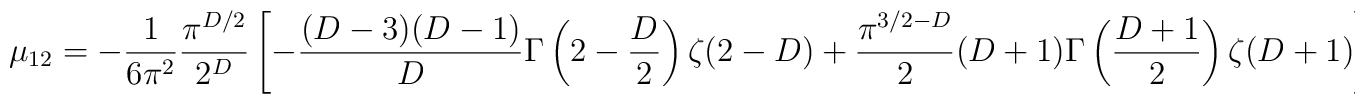
\mu_{12}=-{1\over 6 \pi^2}{\pi^{D/2}\over 2^{D}}\left[- {(D-3)(D-1)\over D}\Gamma\left(2-{D\over 2}\right)\zeta(2-D) + {\pi^{3/2-D}\over 2} (D+1)\Gamma\left({D+1\over 2}\right)\zeta(D+1)\right] \, {\hbar L^{D-1}\over a^D}.